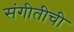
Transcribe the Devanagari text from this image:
संगीतीची